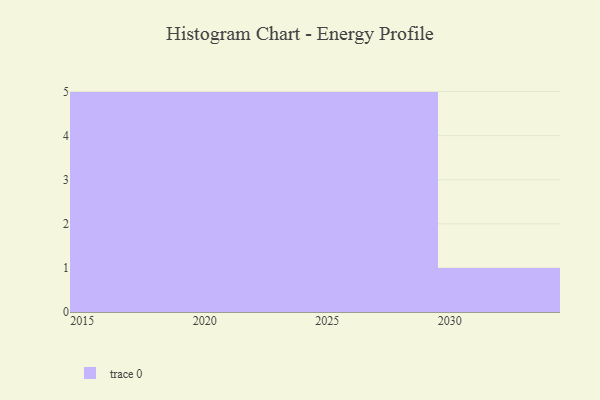
{"axis": {"x": "Year", "y": "Customer Acquisition Cost (USD)"}, "legend": [""], "data": [{"x": "2017", "y": 38, "type": ""}, {"x": "2027", "y": 49, "type": ""}, {"x": "2023", "y": 73, "type": ""}, {"x": "2022", "y": 57, "type": ""}, {"x": "2020", "y": 100, "type": ""}, {"x": "2019", "y": 100, "type": ""}, {"x": "2015", "y": 20, "type": ""}, {"x": "2024", "y": 63, "type": ""}, {"x": "2025", "y": 79, "type": ""}, {"x": "2029", "y": 34, "type": ""}, {"x": "2016", "y": 22, "type": ""}, {"x": "2026", "y": 60, "type": ""}, {"x": "2030", "y": 51, "type": ""}, {"x": "2021", "y": 56, "type": ""}, {"x": "2028", "y": 6, "type": ""}, {"x": "2018", "y": 26, "type": ""}]}